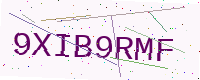
Text: 9XIB9RMF